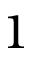
1